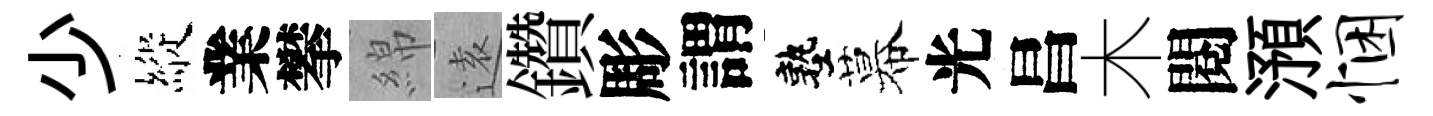
少縱業攀綿逺鑽彫謂塾幕光昌木閱澦悃